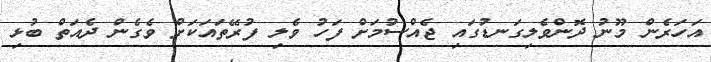
އަހަރެން މޫނު ދޮންވެލިގަނޑުގައި ޖެއްސުމަށް ފަހު ވެލި ފުރޭތައަކަށް ވެގެން ދެއަތް ބުޅި